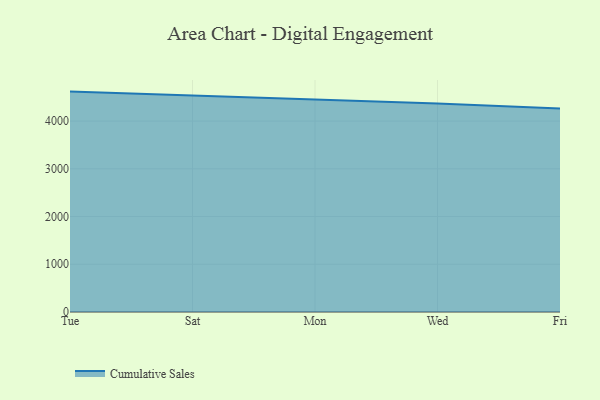
{"axis": {"x": "Day", "y": "Temperature (°C)"}, "legend": ["Cumulative Sales"], "data": [{"x": "Tue", "y": 4617.3, "type": "Cumulative Sales"}, {"x": "Sat", "y": 4532.6, "type": "Cumulative Sales"}, {"x": "Mon", "y": 4461.7, "type": "Cumulative Sales"}, {"x": "Wed", "y": 4367.0, "type": "Cumulative Sales"}, {"x": "Fri", "y": 4264.0, "type": "Cumulative Sales"}]}